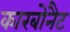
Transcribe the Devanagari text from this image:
कारबोनैट